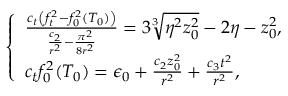
\left\{ \begin{array} { l l } { \frac { c _ { t } \left( f _ { t } ^ { 2 } - f _ { 0 } ^ { 2 } ( T _ { 0 } ) \right) } { \frac { c _ { 2 } } { r ^ { 2 } } - \frac { \pi ^ { 2 } } { 8 r ^ { 2 } } } = 3 \sqrt [ 3 ] { \eta ^ { 2 } z _ { 0 } ^ { 2 } } - 2 \eta - z _ { 0 } ^ { 2 } , } \\ { c _ { t } f _ { 0 } ^ { 2 } ( T _ { 0 } ) = \epsilon _ { 0 } + \frac { c _ { 2 } z _ { 0 } ^ { 2 } } { r ^ { 2 } } + \frac { c _ { 3 } t ^ { 2 } } { r ^ { 2 } } , } \end{array} \right.